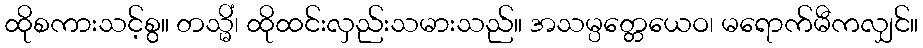
ထိုစကားသင့်စွ။ တသ္မိံ၊ ထိုထင်းလှည်းသမားသည်။ အသမ္ပတ္တေယေဝ၊ မရောက်မီကလျှင်။